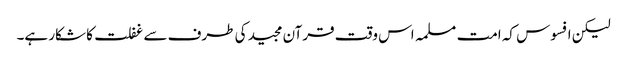
لیکن افسوس کہ امت مسلمہ اس وقت قرآن مجید کی طرف سے غفلت کا شکار ہے۔